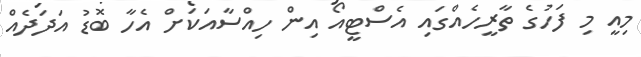
މިއީ މި ފަހުގެ ތާރީހެއްގައި އެސްޓީއޯ އިން ހިއްސާއަކަށް އެހާ ބޮޑު އަދަދެއް